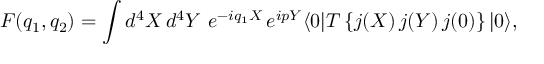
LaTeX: { \cal { F } } ( q _ { 1 } , q _ { 2 } ) = \int d ^ { 4 } X \, d ^ { 4 } Y \ e ^ { - i q _ { 1 } X } \, e ^ { i p Y } \langle 0 | T \left\{ j ( X ) \, j ( Y ) \, j ( 0 ) \right\} | 0 \rangle ,